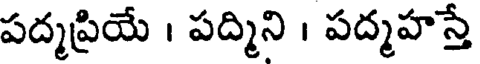
పద్మప్రియే । పద్మిని । పద్మహస్తే